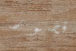
قصور